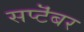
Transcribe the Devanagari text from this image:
सप्टॆंबर